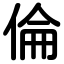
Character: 倫